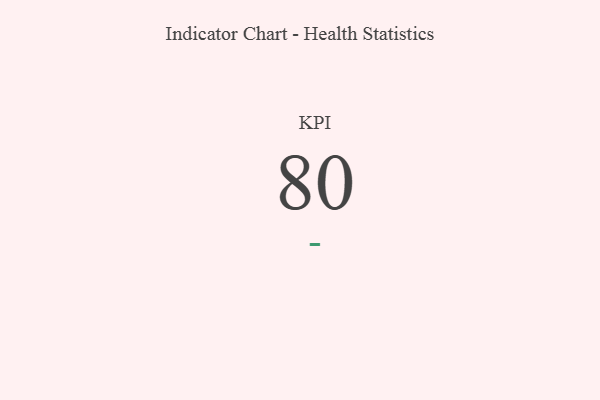
{"axis": {"x": "KPI", "y": "Value"}, "legend": [""], "data": [{"x": "KPI", "y": 80, "type": ""}]}